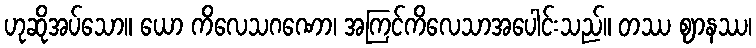
ဟုဆိုအပ်သော။ ယော ကိလေသဂဏော၊ အကြင်ကိလေသာအပေါင်းသည်။ တဿ ဈာနဿ၊